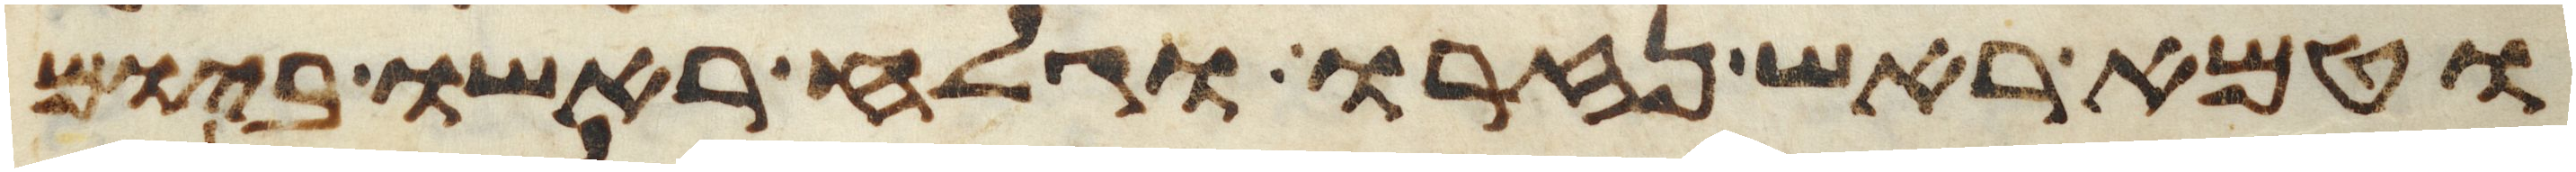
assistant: וטמא ראש נזרו וגלח ראשו ביום